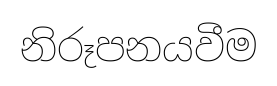
නිරූපනයවීම